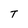
Character: T